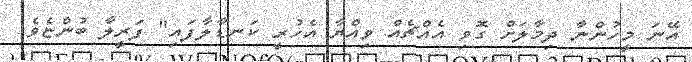
އޭނަ މީހުންނާ ދިމާލަށް ގޮވި އެއްޗެއް ވިއްޔާ އެހުރީ ކަނޑާލާފައި" ފަރީލާ ބުންޏެވެ.